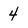
Character: 4